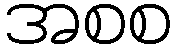
အစစ